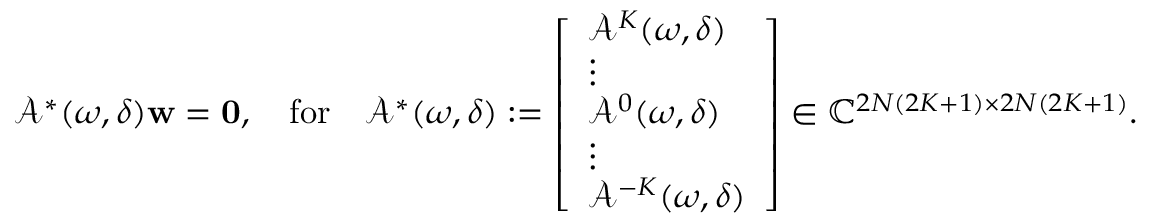
\begin{array} { r } { \mathcal { A } ^ { * } ( \omega , \delta ) \mathbf { w } = \mathbf { 0 } , \quad \mathrm { f o r } \quad \mathcal { A } ^ { * } ( \omega , \delta ) : = \left[ \begin{array} { l } { \mathcal { A } ^ { K } ( \omega , \delta ) } \\ { \vdots } \\ { \mathcal { A } ^ { 0 } ( \omega , \delta ) } \\ { \vdots } \\ { \mathcal { A } ^ { - K } ( \omega , \delta ) } \end{array} \right] \in \mathbb { C } ^ { 2 N ( 2 K + 1 ) \times 2 N ( 2 K + 1 ) } . } \end{array}